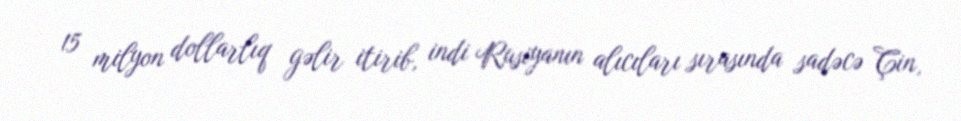
15 milyon dollarlıq gəlir itirib, indi Rusiyanın alıcıları sırasında sadəcə Çin,